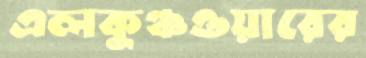
এলকুঞ্চওয়ারের